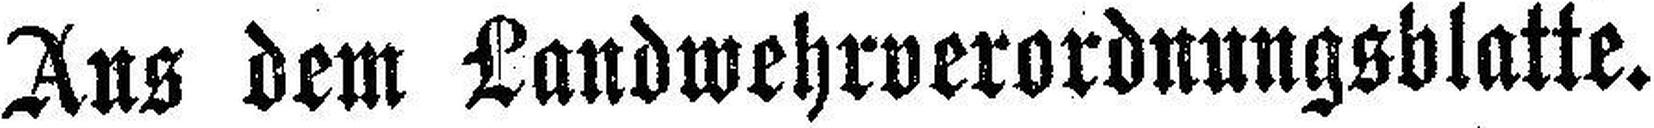
Aus dem Landwehrverordnungsblatte.